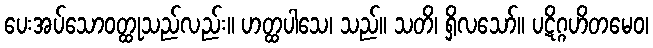
ပေးအပ်သောဝတ္ထုသည်လည်း။ ဟတ္ထပါသေ၊ သည်။ သတိ၊ ရှိလသော်။ ပဋိဂ္ဂဟိတမေဝ၊